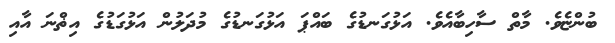
ބުންޏެވެ. މާތް ސާހިބާއެވެ. އަޅުގަނޑުގެ ބައްޕަ އަޅުގަނޑުގެ މުދަލުން އަޅުގަޑުގެ އިޡްނަ އާއި